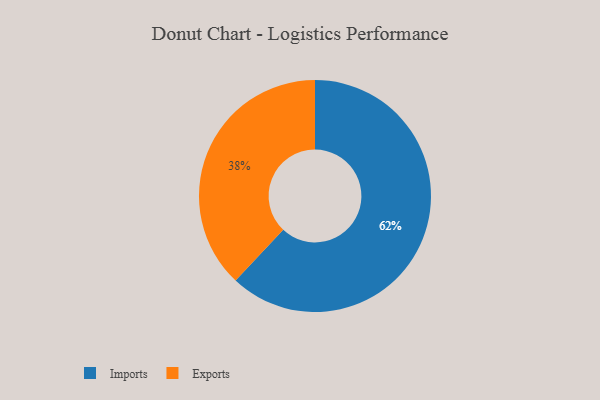
{"axis": {"x": "Category", "y": "Percentage"}, "legend": ["Exports", "Imports"], "data": [{"x": "Imports", "y": 62, "type": "Imports"}, {"x": "Exports", "y": 38, "type": "Exports"}]}